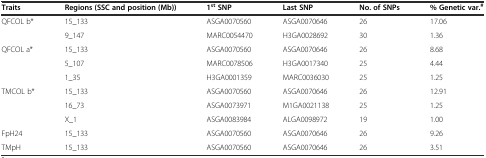
<table><thead><tr><td><b>Traits</b></td><td><b>Regions (SSC and position (Mb))</b></td><td><b>1<sup>st</sup>SNP</b></td><td><b>Last SNP</b></td><td><b>No. of SNPs</b></td><td><b>% Genetic var.<sup>#</sup></b></td></tr></thead><tbody><tr><td rowspan="2">QFCOL b*</td><td>15_133</td><td>ASGA0070560</td><td>ASGA0070646</td><td>26</td><td>17.06</td></tr><tr><td>9_147</td><td>MARC0054470</td><td>H3GA0028692</td><td>30</td><td>1.36</td></tr><tr><td rowspan="3">QFCOL a*</td><td>15_133</td><td>ASGA0070560</td><td>ASGA0070646</td><td>26</td><td>8.68</td></tr><tr><td>5_107</td><td>MARC0078506</td><td>H3GA0017340</td><td>25</td><td>4.44</td></tr><tr><td>1_35</td><td>H3GA0001359</td><td>MARC0036030</td><td>25</td><td>1.25</td></tr><tr><td rowspan="3">TMCOL b*</td><td>15_133</td><td>ASGA0070560</td><td>ASGA0070646</td><td>26</td><td>12.91</td></tr><tr><td>16_73</td><td>ASGA0073971</td><td>M1GA0021138</td><td>25</td><td>1.25</td></tr><tr><td>X_1</td><td>ASGA0083984</td><td>ALGA0098972</td><td>19</td><td>1.00</td></tr><tr><td>FpH24</td><td>15_133</td><td>ASGA0070560</td><td>ASGA0070646</td><td>26</td><td>9.26</td></tr><tr><td>TMpH</td><td>15_133</td><td>ASGA0070560</td><td>ASGA0070646</td><td>26</td><td>3.51</td></tr></tbody></table>